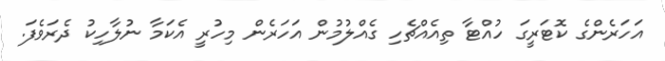
އަހަރެންގެ ކޮޓަރީގަ ހުއްޓާ ތިއެއްޗެހި ގެއްލުމުން އަހަރެން މިހުރީ އެކަމާ ނުލާހިކު ދެރަވެފަ.